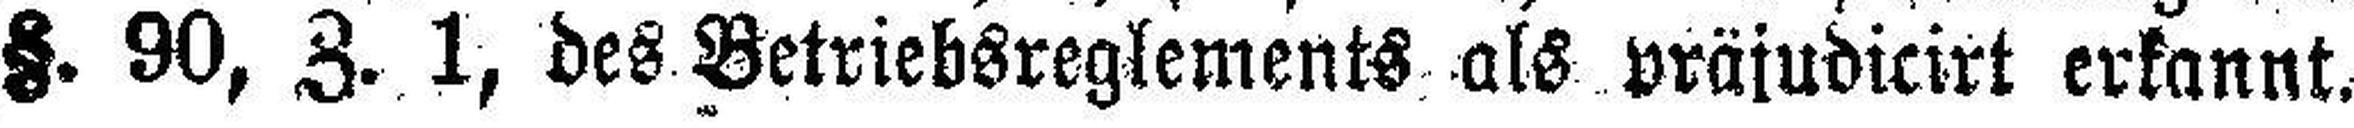
§. 90, Z. 1, des Betriebsreglements als präjudicirt erkannt.